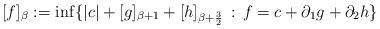
LaTeX: \begin{align*}[f]_\beta:=\inf\{|c|+[g]_{\beta+1}+[h]_{\beta+\frac{3}{2}}\, :\, f=c+\partial_1g+\partial_2h\}\end{align*}